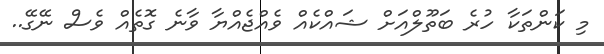
މި ކަންތަކާ ހުރެ ބަތޫލްއަށް ޝައްކެއް ވެއްޖެއްޔާ ވާނެ ގޮތެއް ވެސް ނޭގޭ..